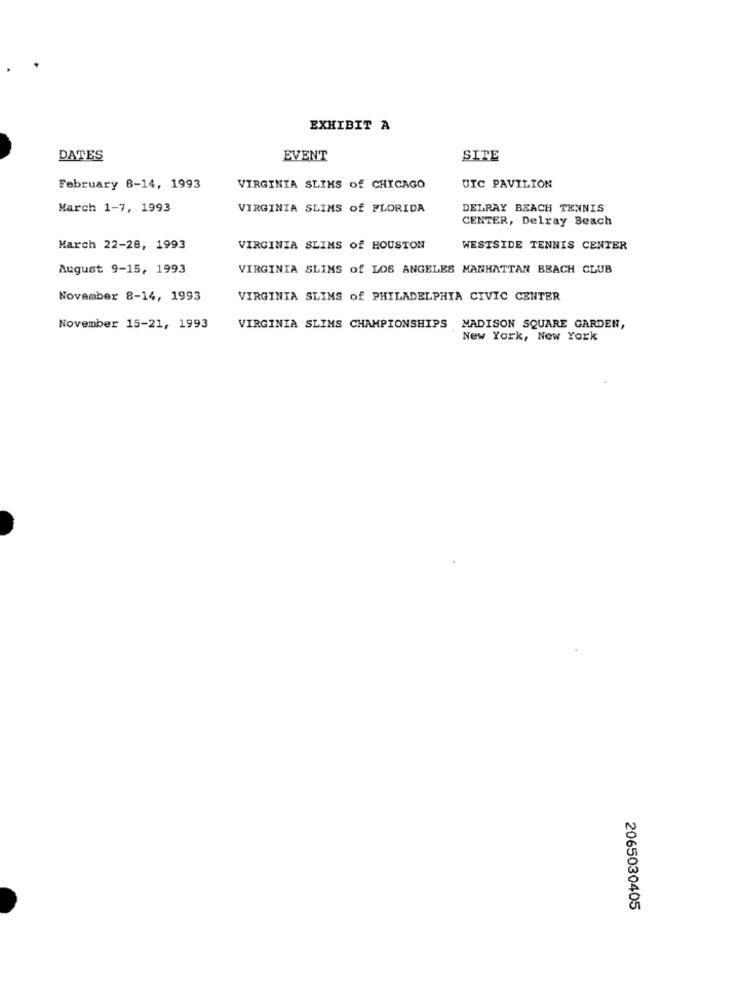
EXHIBIT A
DATES
EVENT
SITE
February 8-14, 1993
VIRGINIA SLIMS of CHICAGO
UTC PAVILION
March 1-7, 1993
VIRGINIA SLIMS of FLORIDA
DELRAY BEACH TENNIS
CENTER, Delray Beach
March 22-28, 1993
VIRGINIA SLIMS of HOUSTON
WESTSIDE TENNIS CENTER
August 9-15, 1993
VIRGINIA SLIMS of LOS ANGELES MANHATTAN BEACH CLUB
November 8-14, 1993
VIRGINIA SLIMS of PHILADELPHIA CIVIC CENTER
November 15-21, 1993
VIRGINIA SLIMS CHAMPIONSHIPS MADISON SQUARE GARDEN,
New York, New York
2065030405